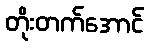
တိုးတက်အောင်